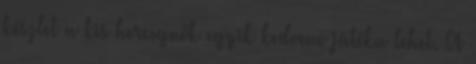
készlet a kis hercegnők egyik kedvenc játéka lehet. A